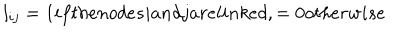
LaTeX: l _ { i j } = 1 i f t h e n o d e s i a n d j a r e l i n k e d , = 0 o t h e r w i s e